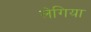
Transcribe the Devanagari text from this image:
लेगिया